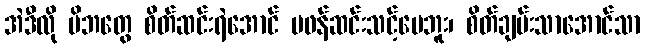
အဲဒီလို မိဘတွေ စိတ်ဆင်းရဲအောင် မဖန်ဆင်းသင့်ပေဘူး၊ စိတ်ချမ်းသာအောင်သာ